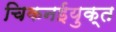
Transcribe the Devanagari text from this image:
चिकनईयुक्त